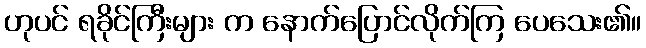
ဟုပင် ရခိုင်ကြီးများ က နောက်ပြောင်လိုက်ကြ ပေသေး၏။